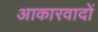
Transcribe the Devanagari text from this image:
आकारवादों